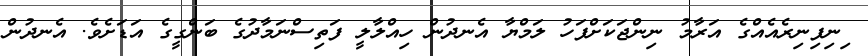
ިނިފިނިރެއެއްގެ އަރާމު ނިންޖަކަށްފަހު ލަމްޔާ އެނދުން ހިއްލާލީ ފަތިސްނަމާދުގެ ބަންގީގެ އަޑަށެވެ. އެނދުން